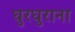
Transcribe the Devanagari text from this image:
घुरघुराना